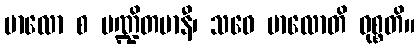
ဗာလော စ ပဏ္ဍိတမာနီ၊ သဝေ ဗာလောတိ ဝုစ္စတိ။